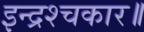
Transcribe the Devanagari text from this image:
इन्द्रश्चकार॥